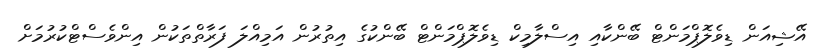
އޭޝިއަން ޑިވެލޮޕްމަންޓް ބޭންކާއި އިސްލާމިކް ޑިވެލޮޕްމަންޓް ބޭންކުގެ އިތުރުން އަމިއްލަ ފަރާތްތަކުން އިންވެސްޓްކުރުމަށް